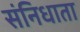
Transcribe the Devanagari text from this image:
संनिधाता